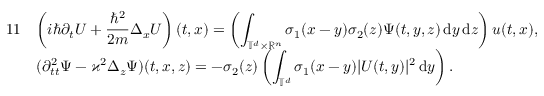
\begin{array} { r l } { { 1 1 } } & { \displaystyle \left( i \hbar \partial _ { t } U + \frac { \hbar ^ { 2 } } { 2 m } \Delta _ { x } U \right) ( t , x ) = \left( \displaystyle \int _ { \mathbb T ^ { d } \times \mathbb R ^ { n } } \sigma _ { 1 } ( x - y ) \sigma _ { 2 } ( z ) \Psi ( t , y , z ) \, { \mathrm { d } } y \, { \mathrm { d } } z \right) u ( t , x ) , } \\ & { ( \partial _ { t t } ^ { 2 } \Psi - \varkappa ^ { 2 } \Delta _ { z } \Psi ) ( t , x , z ) = - \sigma _ { 2 } ( z ) \left( \displaystyle \int _ { \mathbb T ^ { d } } \sigma _ { 1 } ( x - y ) | U ( t , y ) | ^ { 2 } \, { \mathrm { d } } y \right) . } \end{array}